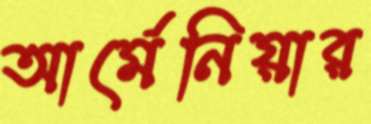
আর্মেনিয়ার